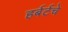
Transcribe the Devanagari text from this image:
हर्बर्टचे